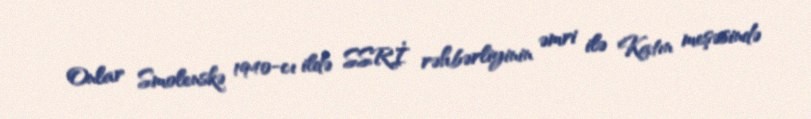
Onlar Smolenskə 1940-cı ildə SSRİ rəhbərliyinin əmri ilə Katın meşəsində